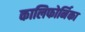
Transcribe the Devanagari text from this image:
कालिफोर्निका